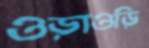
ওড়াওড়ি